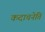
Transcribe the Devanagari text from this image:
कदाचनेति